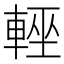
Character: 𨌻